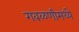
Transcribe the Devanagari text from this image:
गवळणीमध्ये